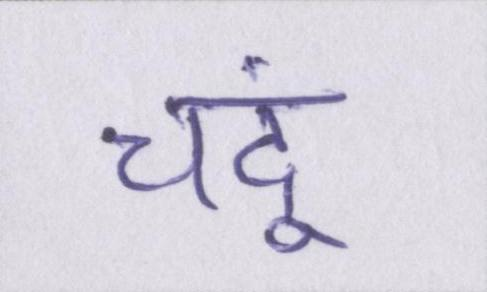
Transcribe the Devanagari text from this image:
चंदू